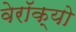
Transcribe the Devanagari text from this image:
वेरॉक्यो